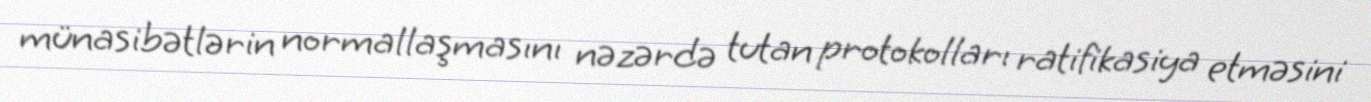
münasibətlərin normallaşmasını nəzərdə tutan protokolları ratifikasiya etməsini